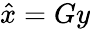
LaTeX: {\hat{x}}=Gy